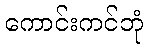
ကောင်းကင်ဘုံ